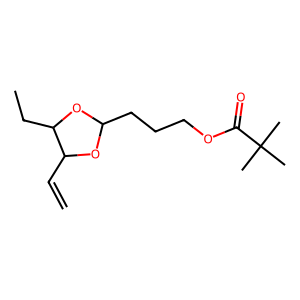
SMILES: C=CC1OC(CCCOC(=O)C(C)(C)C)OC1CC
Inhibits HIV replication: No